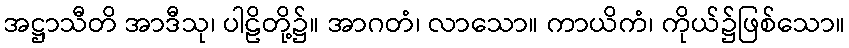
အဋ္ဌာသီတိ အာဒီသု၊ ပါဠိတို့၌။ အာဂတံ၊ လာသော။ ကာယိကံ၊ ကိုယ်၌ဖြစ်သော။